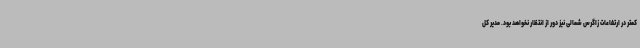
کمتر در ارتفاعات زاگرس شمالی نیز دور از انتظار نخواهد بود. مدیر کل